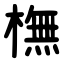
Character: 橅